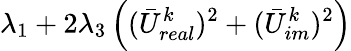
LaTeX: \lambda_{1}+2\lambda_{3}\left((\bar{U}_{real}^{k})^{2}+(\bar{U}_{im}^{k})^{2}\right)